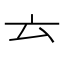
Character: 𠫓